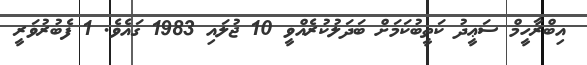
އިބްރާހީމް ސަޢީދު ކަތީބުކަމަށް ބަދަލުކުރެއްވީ 10 ޖުލައި 1983 ގައެވެ. 1 ފެބުރުވަރީ